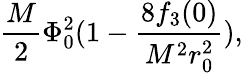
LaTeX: \frac{M}{2}\Phi_{0}^{2}(1-\frac{8f_{3}(0)}{M^{2}r_{0}^{2}}),